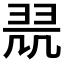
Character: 𱻗